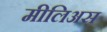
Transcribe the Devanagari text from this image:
मीलिअस